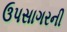
ઉપસાગરની